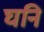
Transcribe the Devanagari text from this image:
घनि